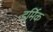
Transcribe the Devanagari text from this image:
डर्मिक